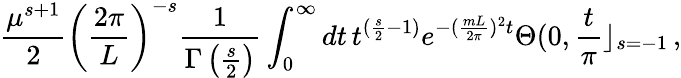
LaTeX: \frac{\mu^{s+1}}{2}\left(\frac{2\pi}{L}\right)^{-s}\frac{1}{\Gamma\left(\frac{s}{2}\right)}\int_{0}^{\infty}dt\, t^{(\frac{s}{2}-1)}e^{-(\frac{mL}{2\pi})^{2}t}\Theta(0,\frac{t}{\pi}\rfloor_{s=-1}\, ,